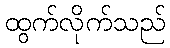
ထွက်လိုက်သည်